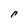
Character: p